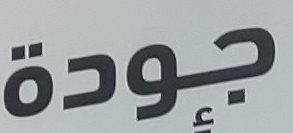
جودة